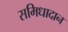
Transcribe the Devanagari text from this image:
समिधादान